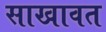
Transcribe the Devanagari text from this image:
साखावत